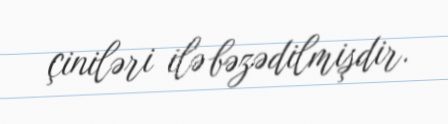
çiniləri ilə bəzədilmişdir.